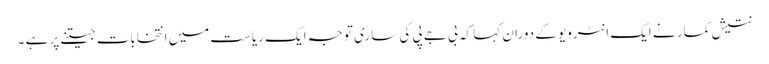
نتیش کمار نے ایک انٹرویو کے دوران کہا کہ بی جے پی کی ساری توجہ ایک ریاست میں انتخابات جیتنے پر ہے ۔